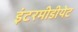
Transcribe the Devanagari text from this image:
इंटरमीडीयेट